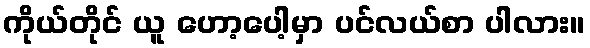
ကိုယ်တိုင် ယူ ဟော့ပေါ့မှာ ပင်လယ်စာ ပါလား။